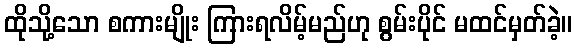
ထိုသို့သော စကားမျိုး ကြားရလိမ့်မည်ဟု စွမ်းပိုင် မထင်မှတ်ခဲ့။